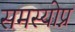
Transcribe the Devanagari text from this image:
समस्योप्न